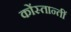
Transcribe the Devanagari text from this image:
कोंस्तान्तीं